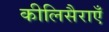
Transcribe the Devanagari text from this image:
कीलिसैराएँ